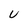
Character: U